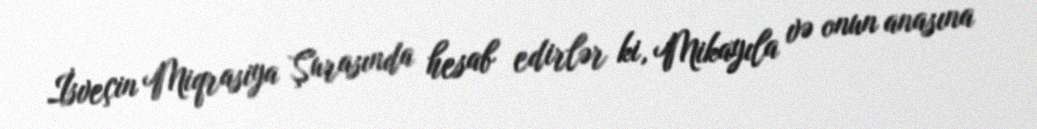
İsveçin Miqrasiya Şurasında hesab edirlər ki, Mikayıla və onun anasına